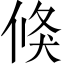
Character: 倏